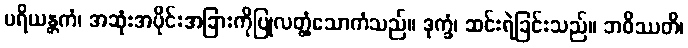
ပရိယန္တကံ၊ အဆုံးအပိုင်းအခြားကိုပြုလတ္တံ့သောကံသည်။ ဒုက္ခံ၊ ဆင်းရဲခြင်းသည်။ ဘဝိဿတိ၊